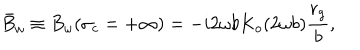
LaTeX: \bar { B } _ { \omega } \equiv B _ { \omega } ( \sigma _ { c } = + \infty ) = - i 2 \omega b K _ { o } ( 2 \omega b ) \frac { r _ { g } } { b } ,